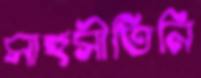
সাহসীতিনি